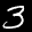
Label: 3